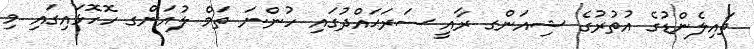
ތައިލެންޑުގެ އުތުރުގެ ޝިއަންގ ރާއީ ސަރަޙައްދުގައި ހުންނަ ތަމް ލުއަންގ ހޮހޮޅައިގައި މި